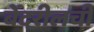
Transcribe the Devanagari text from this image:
बेंदरीलची